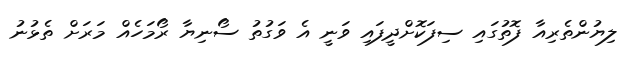
ލިޔުންތެރިއާ ފޮތުގައި ސިފަކޮށްދީފައި ވަނީ އެ ވަގުތު ސޯނިޔާ ރޯމަހެއް މަރަށް ތެޅުނު